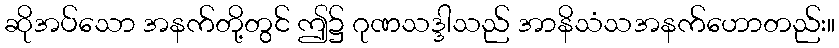
ဆိုအပ်သော အနက်တို့တွင် ဤ၌ ဂုဏသဒ္ဒါသည် အာနိသံသအနက်ဟောတည်း။